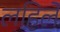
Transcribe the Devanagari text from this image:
लहिले